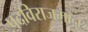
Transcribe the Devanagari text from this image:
पदविराजमान